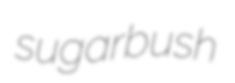
sugarbush